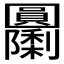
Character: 𭍹